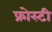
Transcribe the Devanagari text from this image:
फ्रोस्टी